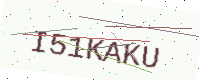
Text: I51KAKU